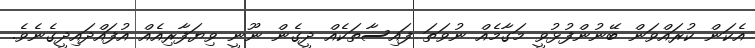
އެކަން ކުރައްވަން ބޭނުންފުޅުވީ މަގާމެއް ނުވަތަ ފައިސާތަކެއް ދީގެން ނޫނީ ވިޔަފާރިއެއް އުފައްދައިދީގެނެވެ.